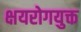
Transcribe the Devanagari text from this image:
क्षयरोगयुक्त